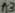
Text: A3